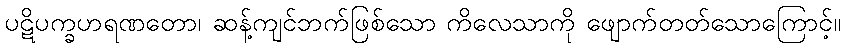
ပဋိပက္ခဟရဏတော၊ ဆန့်ကျင်ဘက်ဖြစ်သော ကိလေသာကို ဖျောက်တတ်သောကြောင့်။